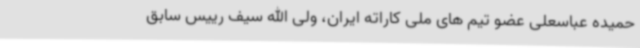
حمیده عباسعلی عضو تیم های ملی کاراته ایران، ولی الله سیف رییس سابق